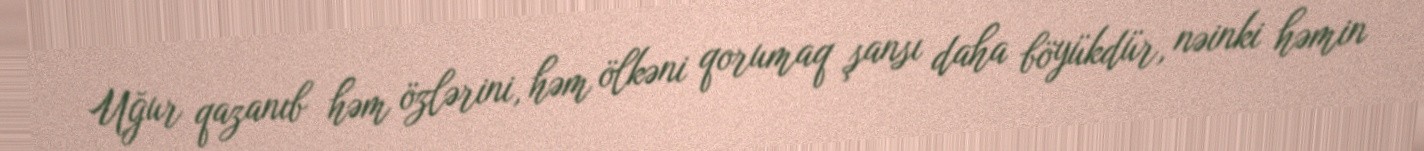
Uğur qazanıb həm özlərini, həm ölkəni qorumaq şansı daha böyükdür, nəinki həmin